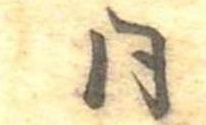
同